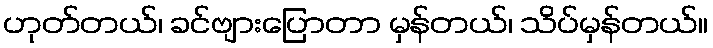
ဟုတ်တယ်၊ ခင်ဗျားပြောတာ မှန်တယ်၊ သိပ်မှန်တယ်။